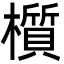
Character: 櫍